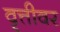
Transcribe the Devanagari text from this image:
वृत्तीवर